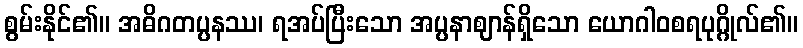
စွမ်းနိုင်၏။ အဓိဂတပ္ပနဿ၊ ရအပ်ပြီးသော အပ္ပနာဈာန်ရှိသော ယောဂါဝစရပုဂ္ဂိုလ်၏။